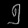
Digit: ၅